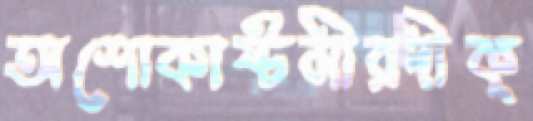
অশোকাষ্টমীরদীক্